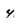
Character: 4